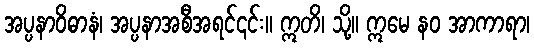
အပ္ပနာဝိဓာနံ၊ အပ္ပနာအစီအရင်၎င်း။ ဣတိ၊ သို့။ ဣမေ နဝ အာကာရာ၊